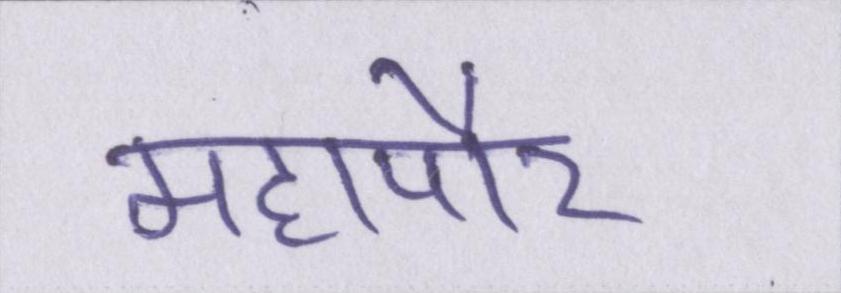
महापौर